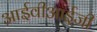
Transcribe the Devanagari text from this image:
आईवीआईजी